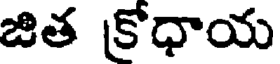
జిత క్రోధాయ